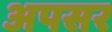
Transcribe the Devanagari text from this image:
अपसर